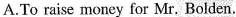
A.To raise money for Mr. Bolden.